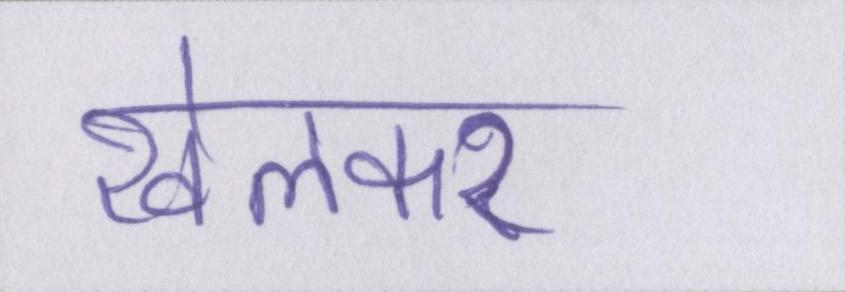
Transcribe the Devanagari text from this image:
खेलकर